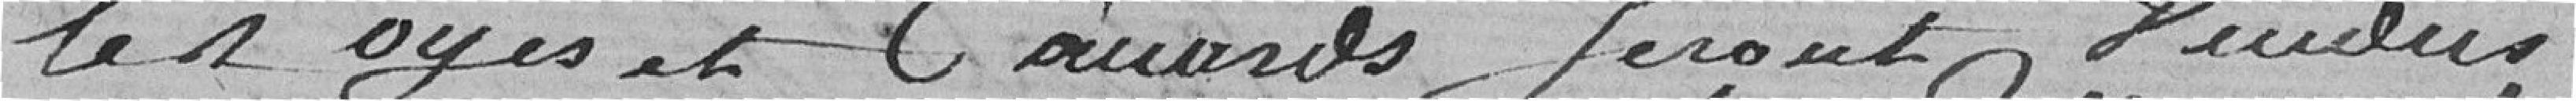
les oies et les canards seront vendus